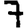
Digit: 7